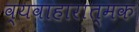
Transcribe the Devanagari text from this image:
व्यवाहारात्मक